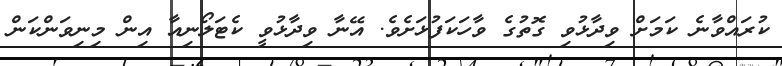
ކުރައްވާނެ ކަމަށް ވިދާޅުވި ގޮތުގެ ވާހަކަފުޅަށެވެ. އޭނާ ވިދާޅުވީ ކެޓަލޯނިއާ އިން މިނިވަންކަން